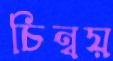
চিন্বয়